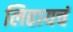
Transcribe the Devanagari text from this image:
लिहायचं